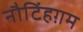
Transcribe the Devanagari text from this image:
नौटिंहग़म